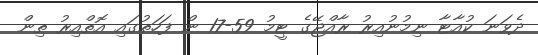
ދެވަނަ ކުއާޓާ ނިމުނުއިރު ރާއްޖޭގެ ޓީމު 59-17 ން ފަހަތުގައި އޮތްއިރު ތިން